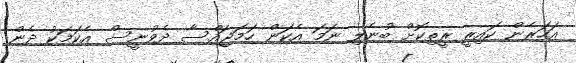
އަހަރެން ކައިރީ ރީތިކޮށް ބުނެލި ނަމަ އެކަން ހަމަޖައްސާ ދެވުނީސް އެކަމަކު ދެން